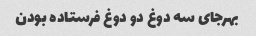
بهرجای سه دوغ دو دوغ فرستاده بودن